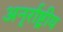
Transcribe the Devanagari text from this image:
अनृर्राष्ट्रीय